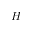
H